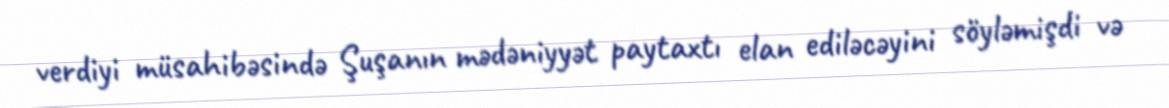
verdiyi müsahibəsində Şuşanın mədəniyyət paytaxtı elan ediləcəyini söyləmişdi və